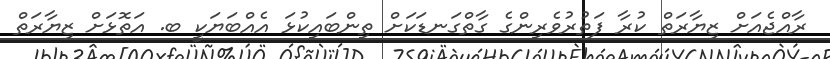
ރާއްޖެއަށް ޒިޔާރަތް ކުރާ ފަތުރުވެރިންގެ ގާތްގަނޑަކަށް ތިންބައިކުޅަ އެއްބަޔަކީ ބ. އަތޮޅަށް ޒިޔާރަތް